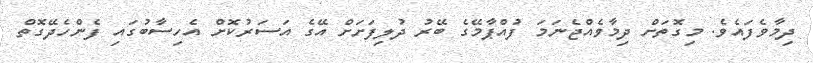
ދިމާވެފައެވެ. މިގޮތަށް ދިމާވެއްޖެނަމަ ފުއްޕާމޭގެ ބޭރު ދުލިފަށަށް އޭގެ އަސަރުކޮށް އެހިސާބުގައި ފެންހެދޭގޮތް